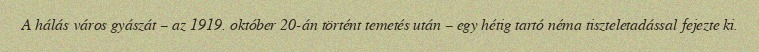
A hálás város gyászát – az 1919. október 20-án történt temetés után – egy hétig tartó néma tiszteletadással fejezte ki.